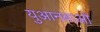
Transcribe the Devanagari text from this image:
युआनबाओ